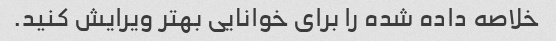
خلاصه داده شده را برای خوانایی بهتر ویرایش کنید.